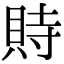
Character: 䝰